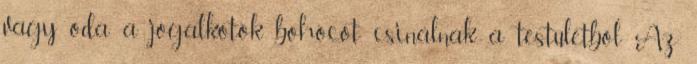
vagy oda a jogalkotók bohócot csinálnak a testületből Az